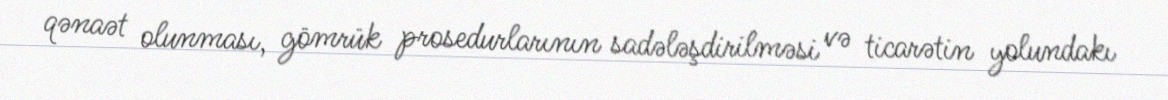
qənaət olunması, gömrük prosedurlarının sadələşdirilməsi və ticarətin yolundakı